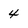
Character: 4